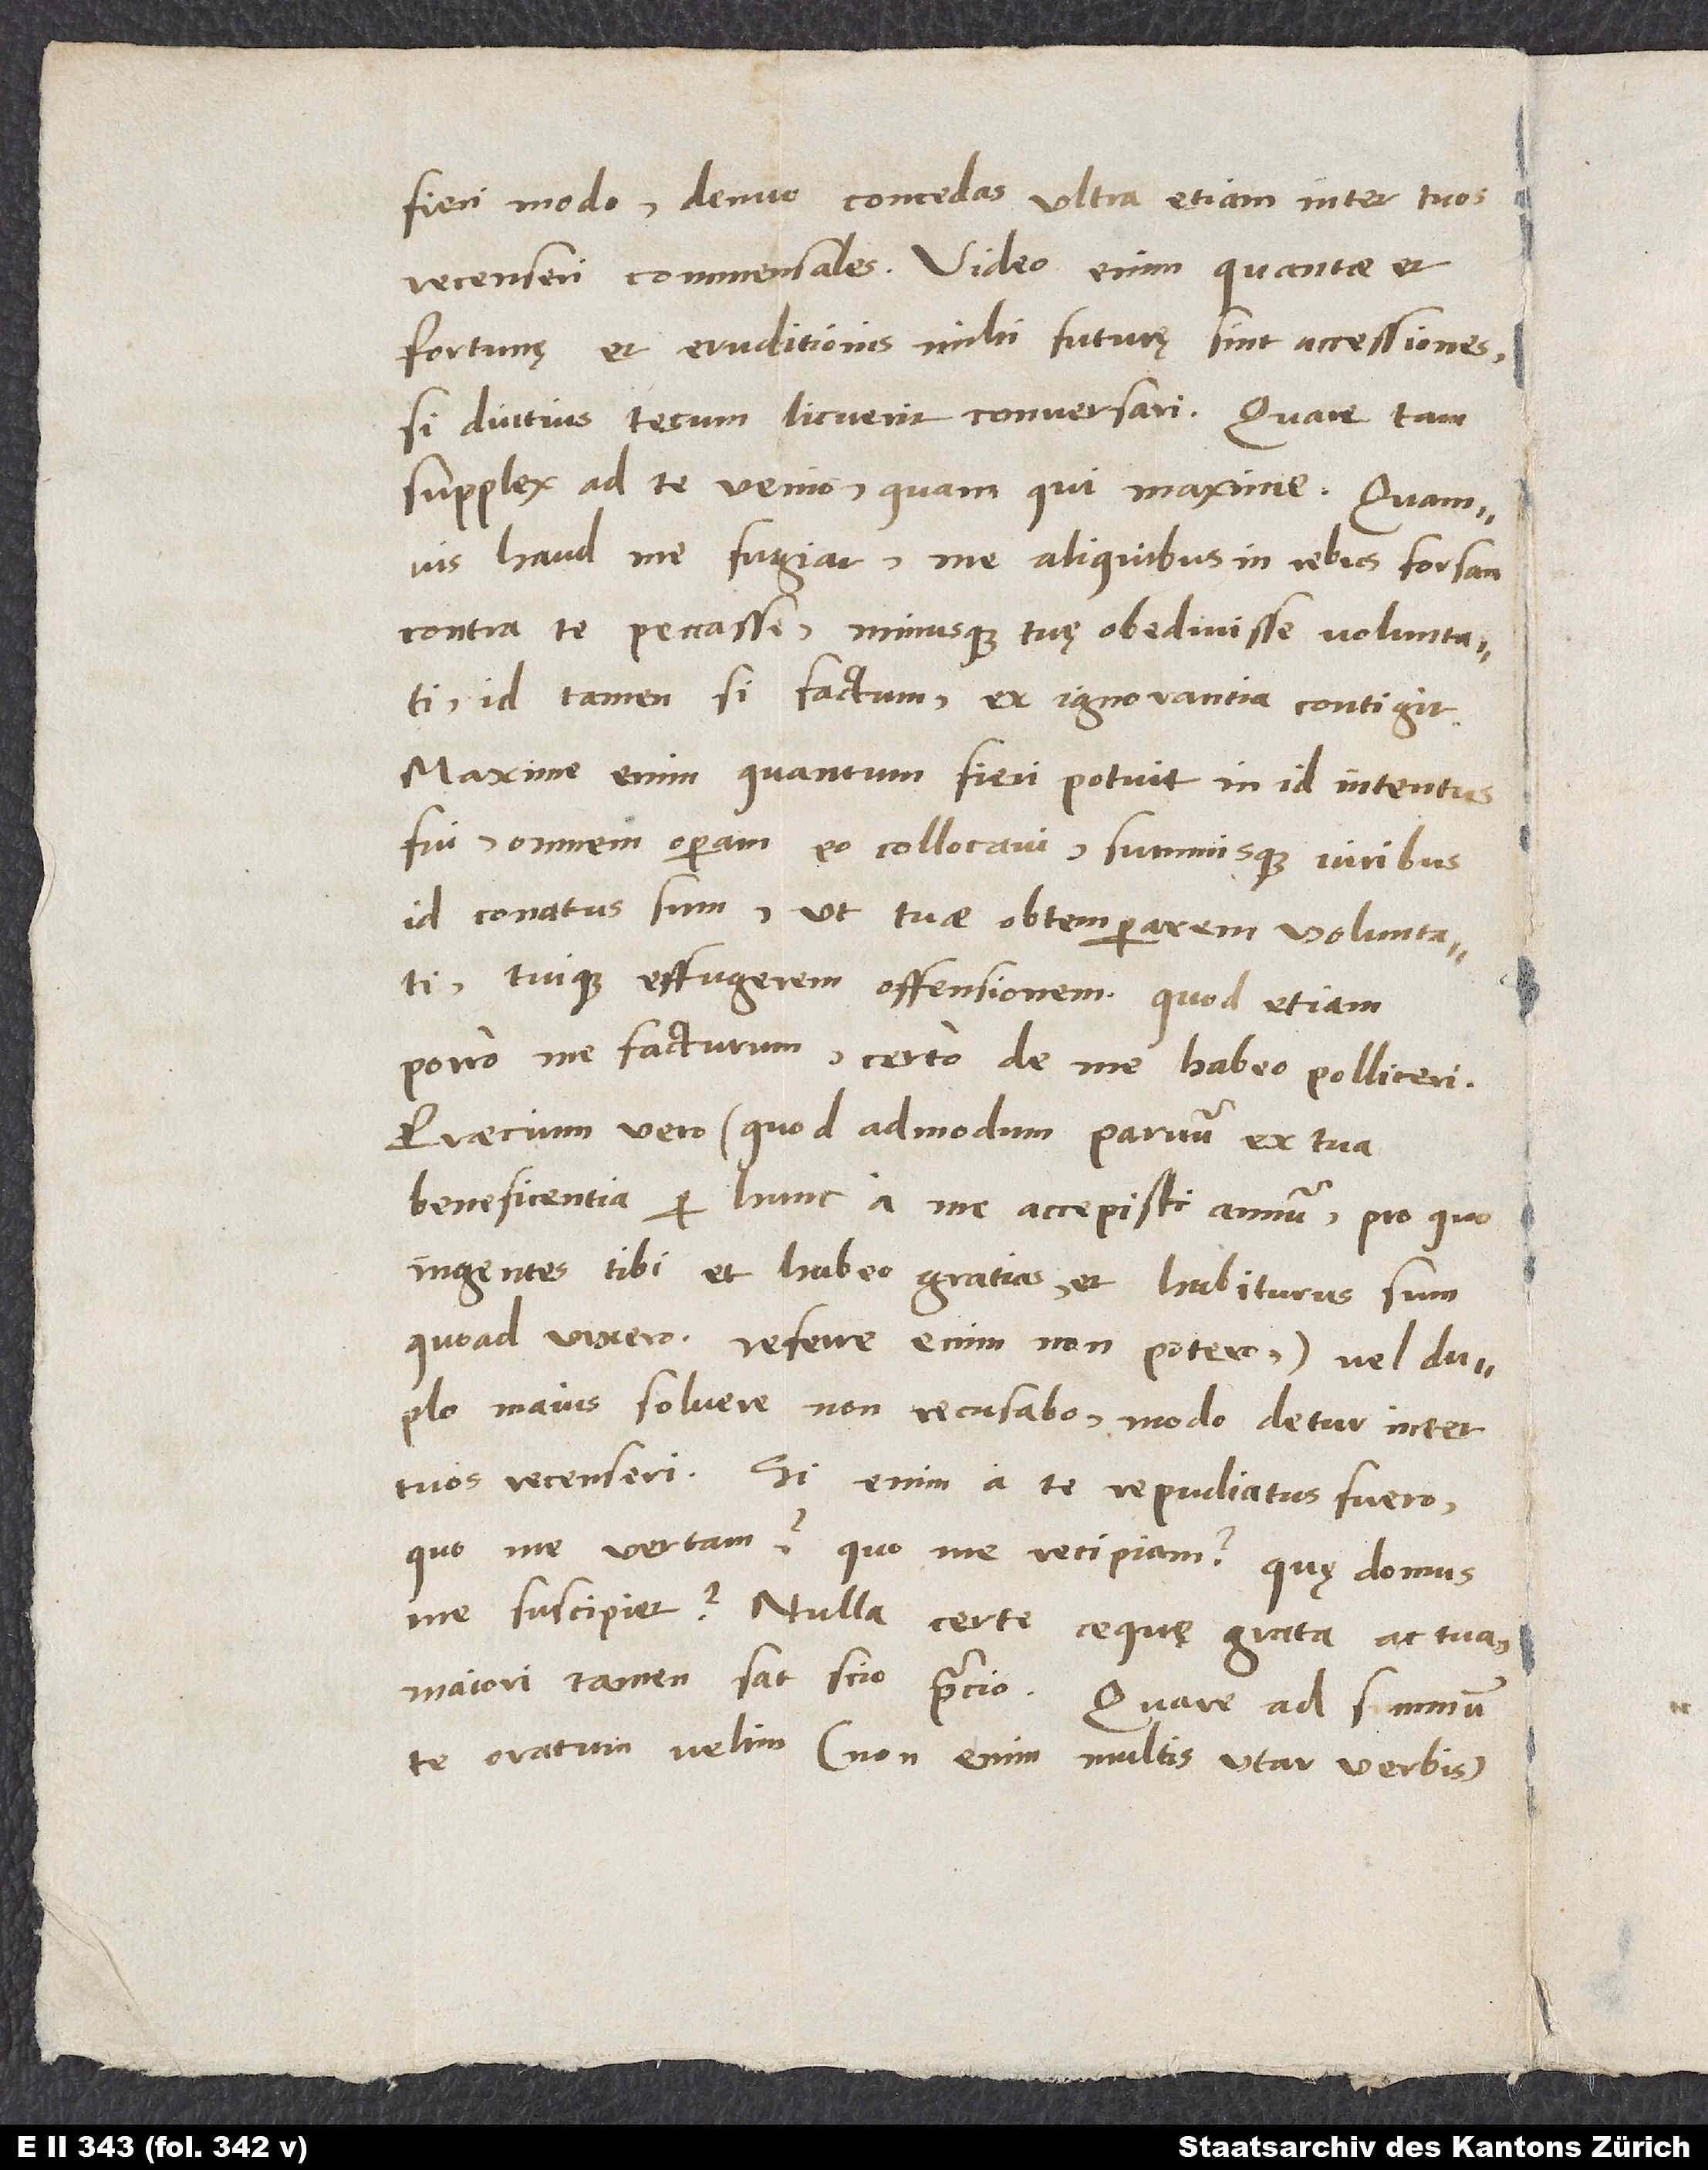
fieri modo, denuo concedas ultra etiam inter tuos
recenseri commensales. Video enim, quantae et
fortunę et eruditionis mihi futurę sint accessiones,
si diutius tecum licuerit conversari. Quare tam
supplex ad te venio quam qui maxime, quamvis
haud me fugiat me aliquibus in rebus forte
contra te peccasse minusque tuę obedivisse voluntati.
Id tamen si factum, ex ignorantia contigit.
Maxime enim, quantum fieri potuit, in id intentus
fui, omnem operam eo collocavi summisque viribus
id conatus sum, ut tuae obtemperarem voluntati
tuique effugerem offensionem, quod etiam
porro me facturum certo de me habeo polliceri.
Praecium vero, quod admodum parvum ex tua
beneficentia per hunc a me accepisti annum, pro quo
ingentes tibi et habeo gratias et habiturus sum,
quoad vixero - referre enim non potero -, vel duplo
maius solvere non recusabo, modo detur inter
tuos recenseri. Si enim a te repudiatus fuero,
quo me vertam, quo me recipiam, quę domus
me suscipiet? Nulla certe aeque grata ac tua,
maiori tamen, sat scio, precio. Quare ad summum
te oratum velim - non enim multis utar verbisar